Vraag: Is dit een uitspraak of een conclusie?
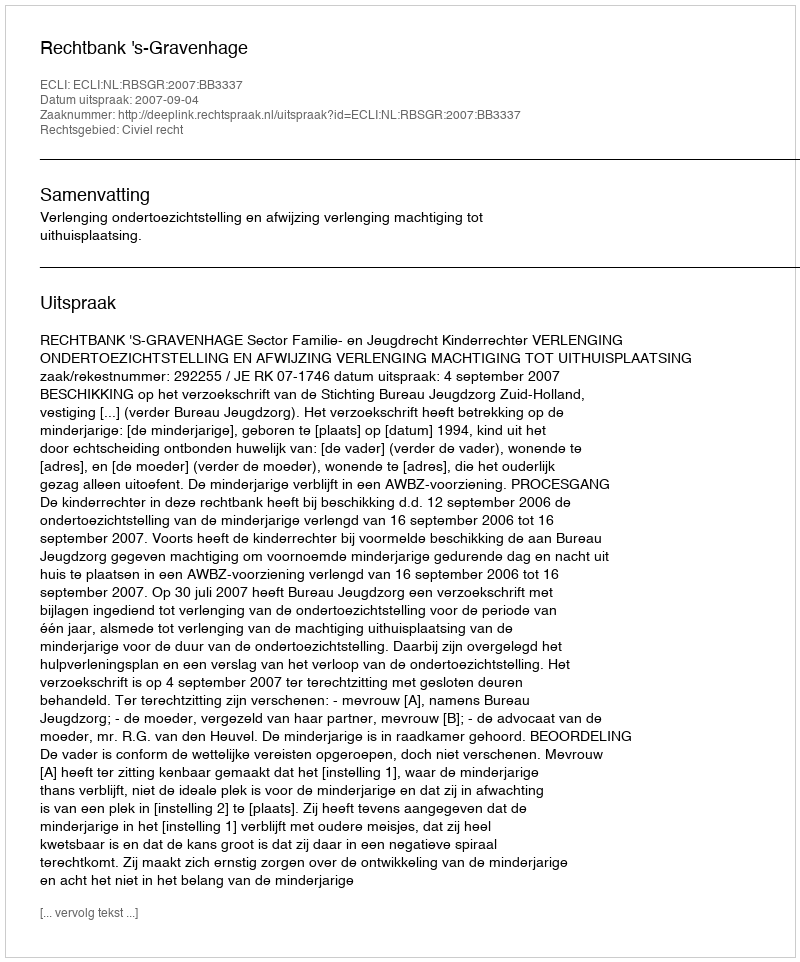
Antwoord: Uitspraak